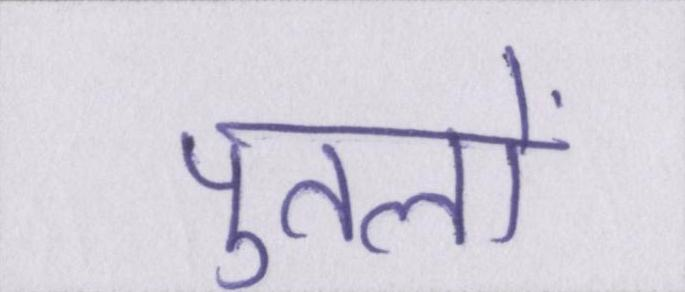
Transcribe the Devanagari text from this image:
पुतलों